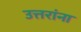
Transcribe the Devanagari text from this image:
उत्तरांना